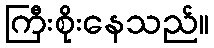
ကြီးစိုးနေသည်။